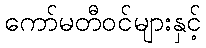
ကော်မတီဝင်များနှင့်